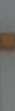
-